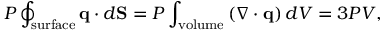
P \oint _ { \mathrm { s u r f a c e } } \mathbf { q } \cdot d \mathbf { S } = P \int _ { \mathrm { v o l u m e } } \left( \nabla \cdot \mathbf { q } \right) d V = 3 P V ,